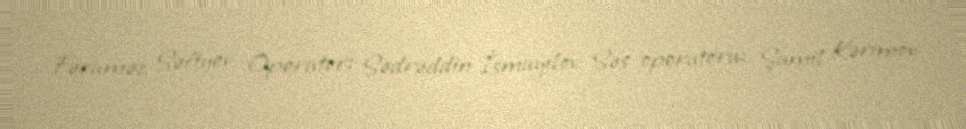
Fəraməz Səfiyev Operator: Sədrəddin İsmayılov Səs operatoru: Şamil Kərimov